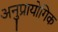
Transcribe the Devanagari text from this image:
अनुप्रायोगिक